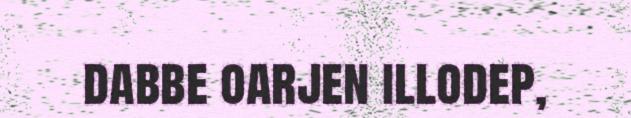
dabbe oarjen illodep,